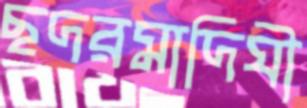
ছদরমাদিঘী